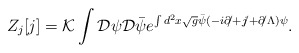
\begin{align*}Z_j[j]= {\cal K}\int{\cal D}\psi{\cal D}\bar{\psi}e^{\int d^2x\sqrt{g} \bar\psi(-i{\partial\!\!/} +{j\!\!/} + {\partial\!\!/\Lambda})\psi } .\end{align*}